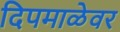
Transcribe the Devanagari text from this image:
दिपमाळेवर